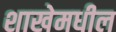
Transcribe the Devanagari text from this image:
शाखेमधील